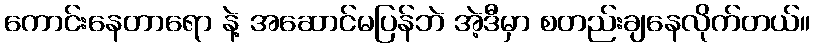
ကောင်းနေတာရော နဲ့ အဆောင်မပြန်ဘဲ အဲ့ဒီမှာ စတည်းချနေလိုက်တယ်။